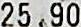
25.90